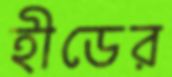
হীডের